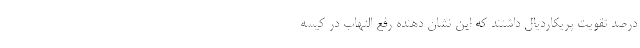
درصد تقویت پریکاردیال داشتند که این نشان دهنده رفع التهاب در کیسه